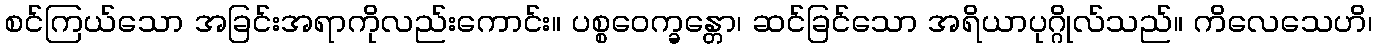
စင်ကြယ်သော အခြင်းအရာကိုလည်းကောင်း။ ပစ္စဝေက္ခန္တော၊ ဆင်ခြင်သော အရိယာပုဂ္ဂိုလ်သည်။ ကိလေသေဟိ၊